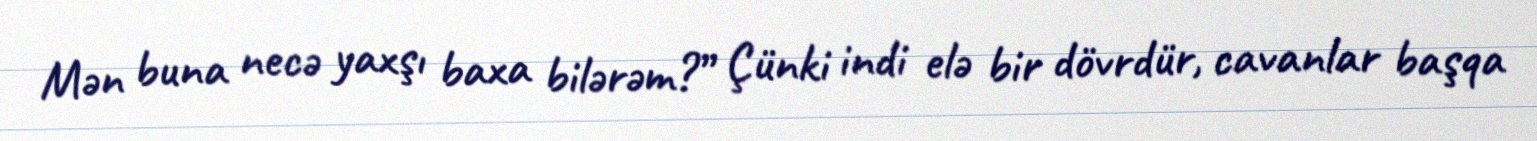
Mən buna necə yaxşı baxa bilərəm?” Çünki indi elə bir dövrdür, cavanlar başqa